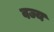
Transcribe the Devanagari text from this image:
वज्य